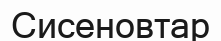
Сисеновтар